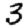
Digit: 3